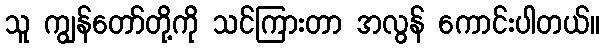
သူ ကျွန်တော်တို့ကို သင်ကြားတာ အလွန် ကောင်းပါတယ်။